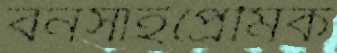
বনসাইপ্রেমিক